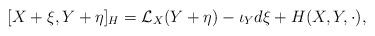
LaTeX: \begin{align*} [ X+\xi , Y + \eta ]_H = \mathcal{L}_X(Y+\eta ) -\iota_Yd\xi + H(X,Y,\cdot ),\end{align*}